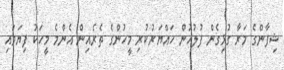
ޝިފާންގެ މަރާ ގުޅިގެން ފުލުހުން ހައްޔަރުކުރި މީހުންގެ ތެރެއިން އެންމެ މީހަކު ފިޔަވައި